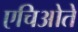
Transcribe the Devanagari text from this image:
एचिओते